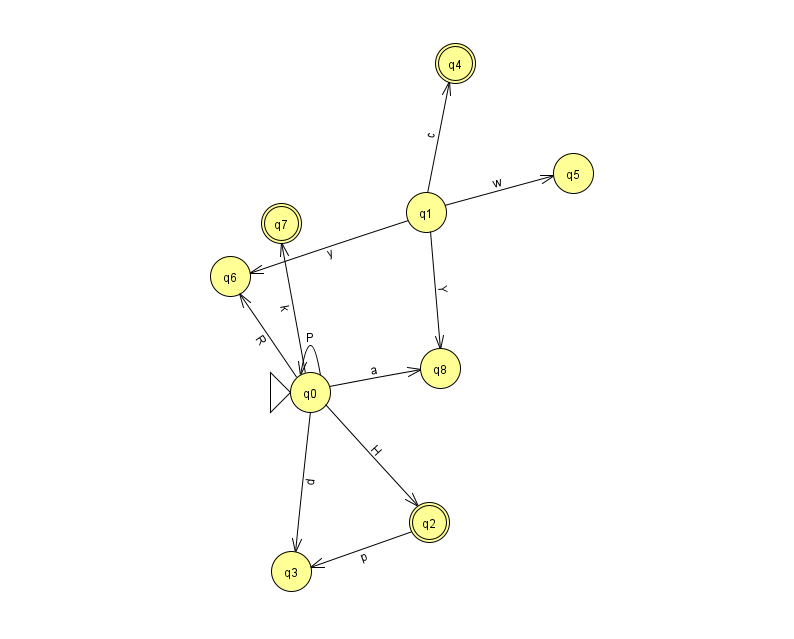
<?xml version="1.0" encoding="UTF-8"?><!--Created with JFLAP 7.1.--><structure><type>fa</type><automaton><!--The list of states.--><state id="0" name="q0"><x>310.0</x><y>379.0</y><initial/></state><state id="1" name="q1"><x>426.0</x><y>199.0</y></state><state id="2" name="q2"><x>429.0</x><y>509.0</y><final/></state><state id="3" name="q3"><x>291.0</x><y>558.0</y></state><state id="4" name="q4"><x>455.0</x><y>50.0</y><final/></state><state id="5" name="q5"><x>573.0</x><y>160.0</y></state><state id="6" name="q6"><x>230.0</x><y>263.0</y></state><state id="7" name="q7"><x>281.0</x><y>210.0</y><final/></state><state id="8" name="q8"><x>440.0</x><y>355.0</y></state><!--The list of transitions.--><transition><from>0</from><to>0</to><read>P</read></transition><transition><from>0</from><to>7</to><read>k</read></transition><transition><from>0</from><to>8</to><read>a</read></transition><transition><from>0</from><to>6</to><read>R</read></transition><transition><from>0</from><to>2</to><read>H</read></transition><transition><from>1</from><to>5</to><read>w</read></transition><transition><from>0</from><to>3</to><read>d</read></transition><transition><from>1</from><to>4</to><read>c</read></transition><transition><from>1</from><to>8</to><read>Y</read></transition><transition><from>1</from><to>6</to><read>y</read></transition><transition><from>2</from><to>3</to><read>p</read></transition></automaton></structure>